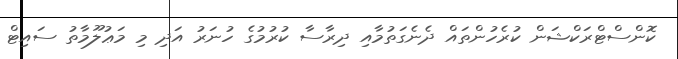
ކޮންސްޓްރަކްޝަން ކުރެހުންތައް ދެނެގަތުމާއި ދިރާސާ ކުރުމުގެ ހުނަރު އަދި މި މަޢުލޫމާތު ސައިޓް